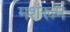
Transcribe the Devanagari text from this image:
मशरूमं